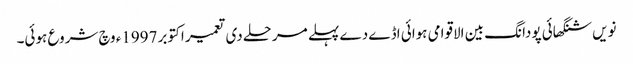
نویں شنگھائی پودانگ بین الاقوامی ہوائی اڈے دے پہلے مرحلے د‏‏ی تعمیر اکتوبر 1997ء وچ شروع ہوئی۔